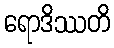
ရောဒိဿတိ